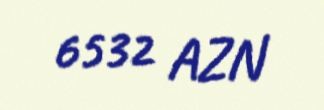
6532 AZN